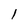
Character: 1